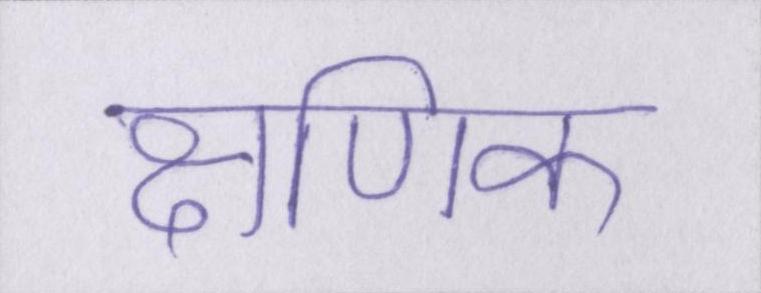
क्षणिक